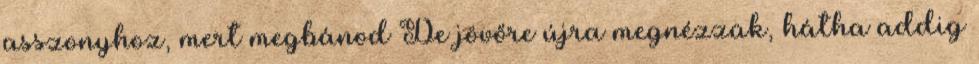
asszonyhoz, mert megbánod De jövőre újra megnézzük, hátha addig